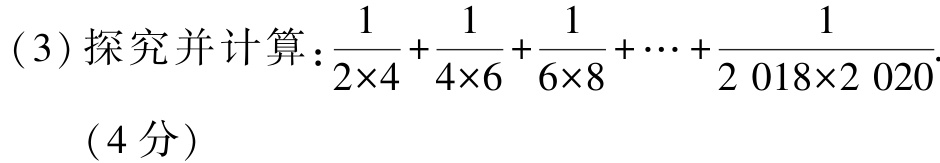
(3) 探究并计算：\(\frac{1}{2\times4}+\frac{1}{4\times6}+\frac{1}{6\times8}+\cdots+\frac{1}{2018\times2020}\).

（4分）